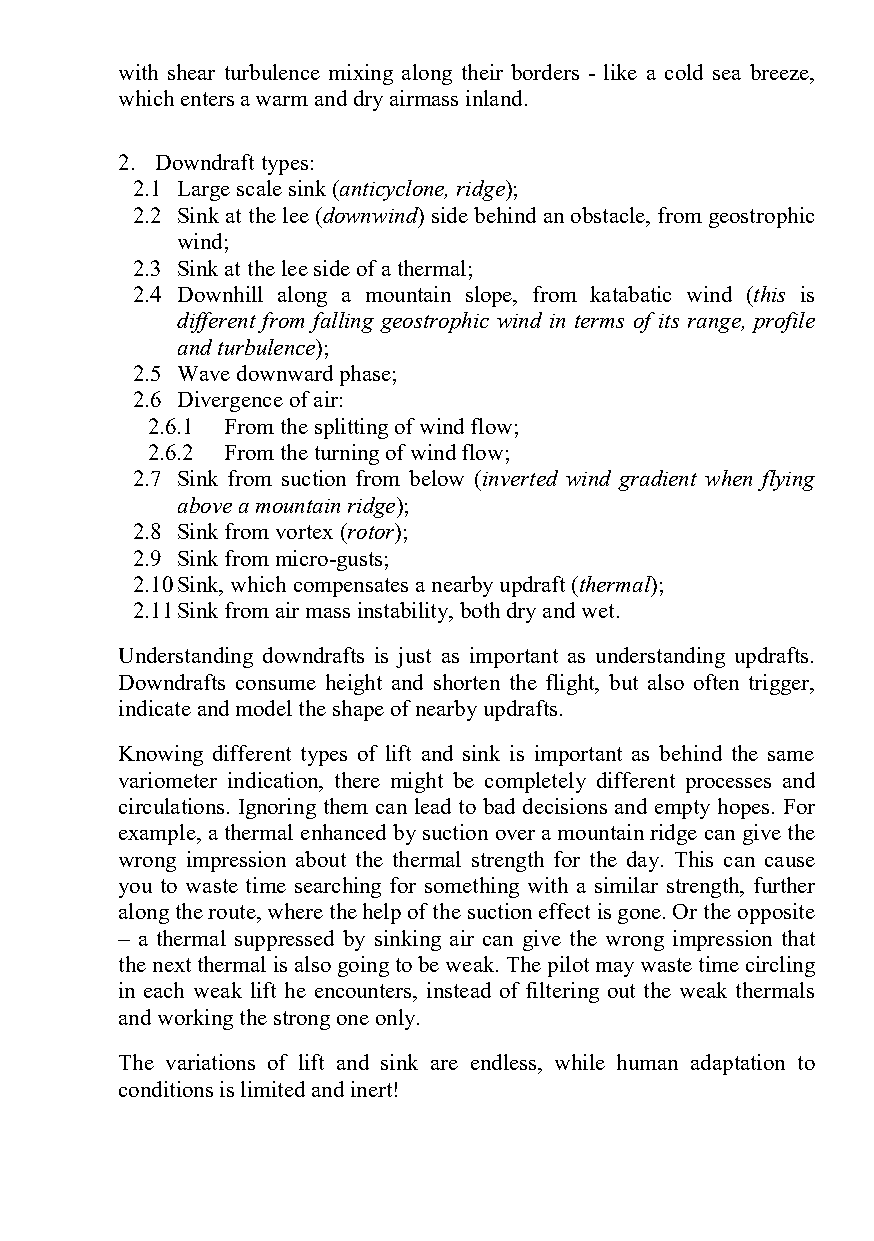
with shear turbulence mixing along their borders - like a cold sea breeze,
 which enters a warm and dry airmass inland.
 2. Downdraft types:
 2.1 Large scale sink (anticyclone, ridge);
 2.2 Sink at the lee (downwind) side behind an obstacle, from geostrophic
 wind;
 2.3 Sink at the lee side of a thermal;
 2.4 Downhill along a mountain slope, from katabatic wind (this is
 different from falling geostrophic wind in terms of its range, profile
 and turbulence);
 2.5 Wave downward phase;
 2.6 Divergence of air:
 2.6.1 From the splitting of wind flow;
 2.6.2 From the turning of wind flow;
 2.7 Sink from suction from below (inverted wind gradient when flying
 above a mountain ridge);
 2.8 Sink from vortex (rotor);
 2.9 Sink from micro-gusts;
 2.10 Sink, which compensates a nearby updraft (thermal);
 2.11 Sink from air mass instability, both dry and wet.
 Understanding downdrafts is just as important as understanding updrafts.
 Downdrafts consume height and shorten the flight, but also often trigger,
 indicate and model the shape of nearby updrafts.
 Knowing different types of lift and sink is important as behind the same
 variometer indication, there might be completely different processes and
 circulations. Ignoring them can lead to bad decisions and empty hopes. For
 example, a thermal enhanced by suction over a mountain ridge can give the
 wrong impression about the thermal strength for the day. This can cause
 you to waste time searching for something with a similar strength, further
 along the route, where the help of the suction effect is gone. Or the opposite
 – a thermal suppressed by sinking air can give the wrong impression that
 the next thermal is also going to be weak. The pilot may waste time circling
 in each weak lift he encounters, instead of filtering out the weak thermals
 and working the strong one only.
 The variations of lift and sink are endless, while human adaptation to
 conditions is limited and inert!